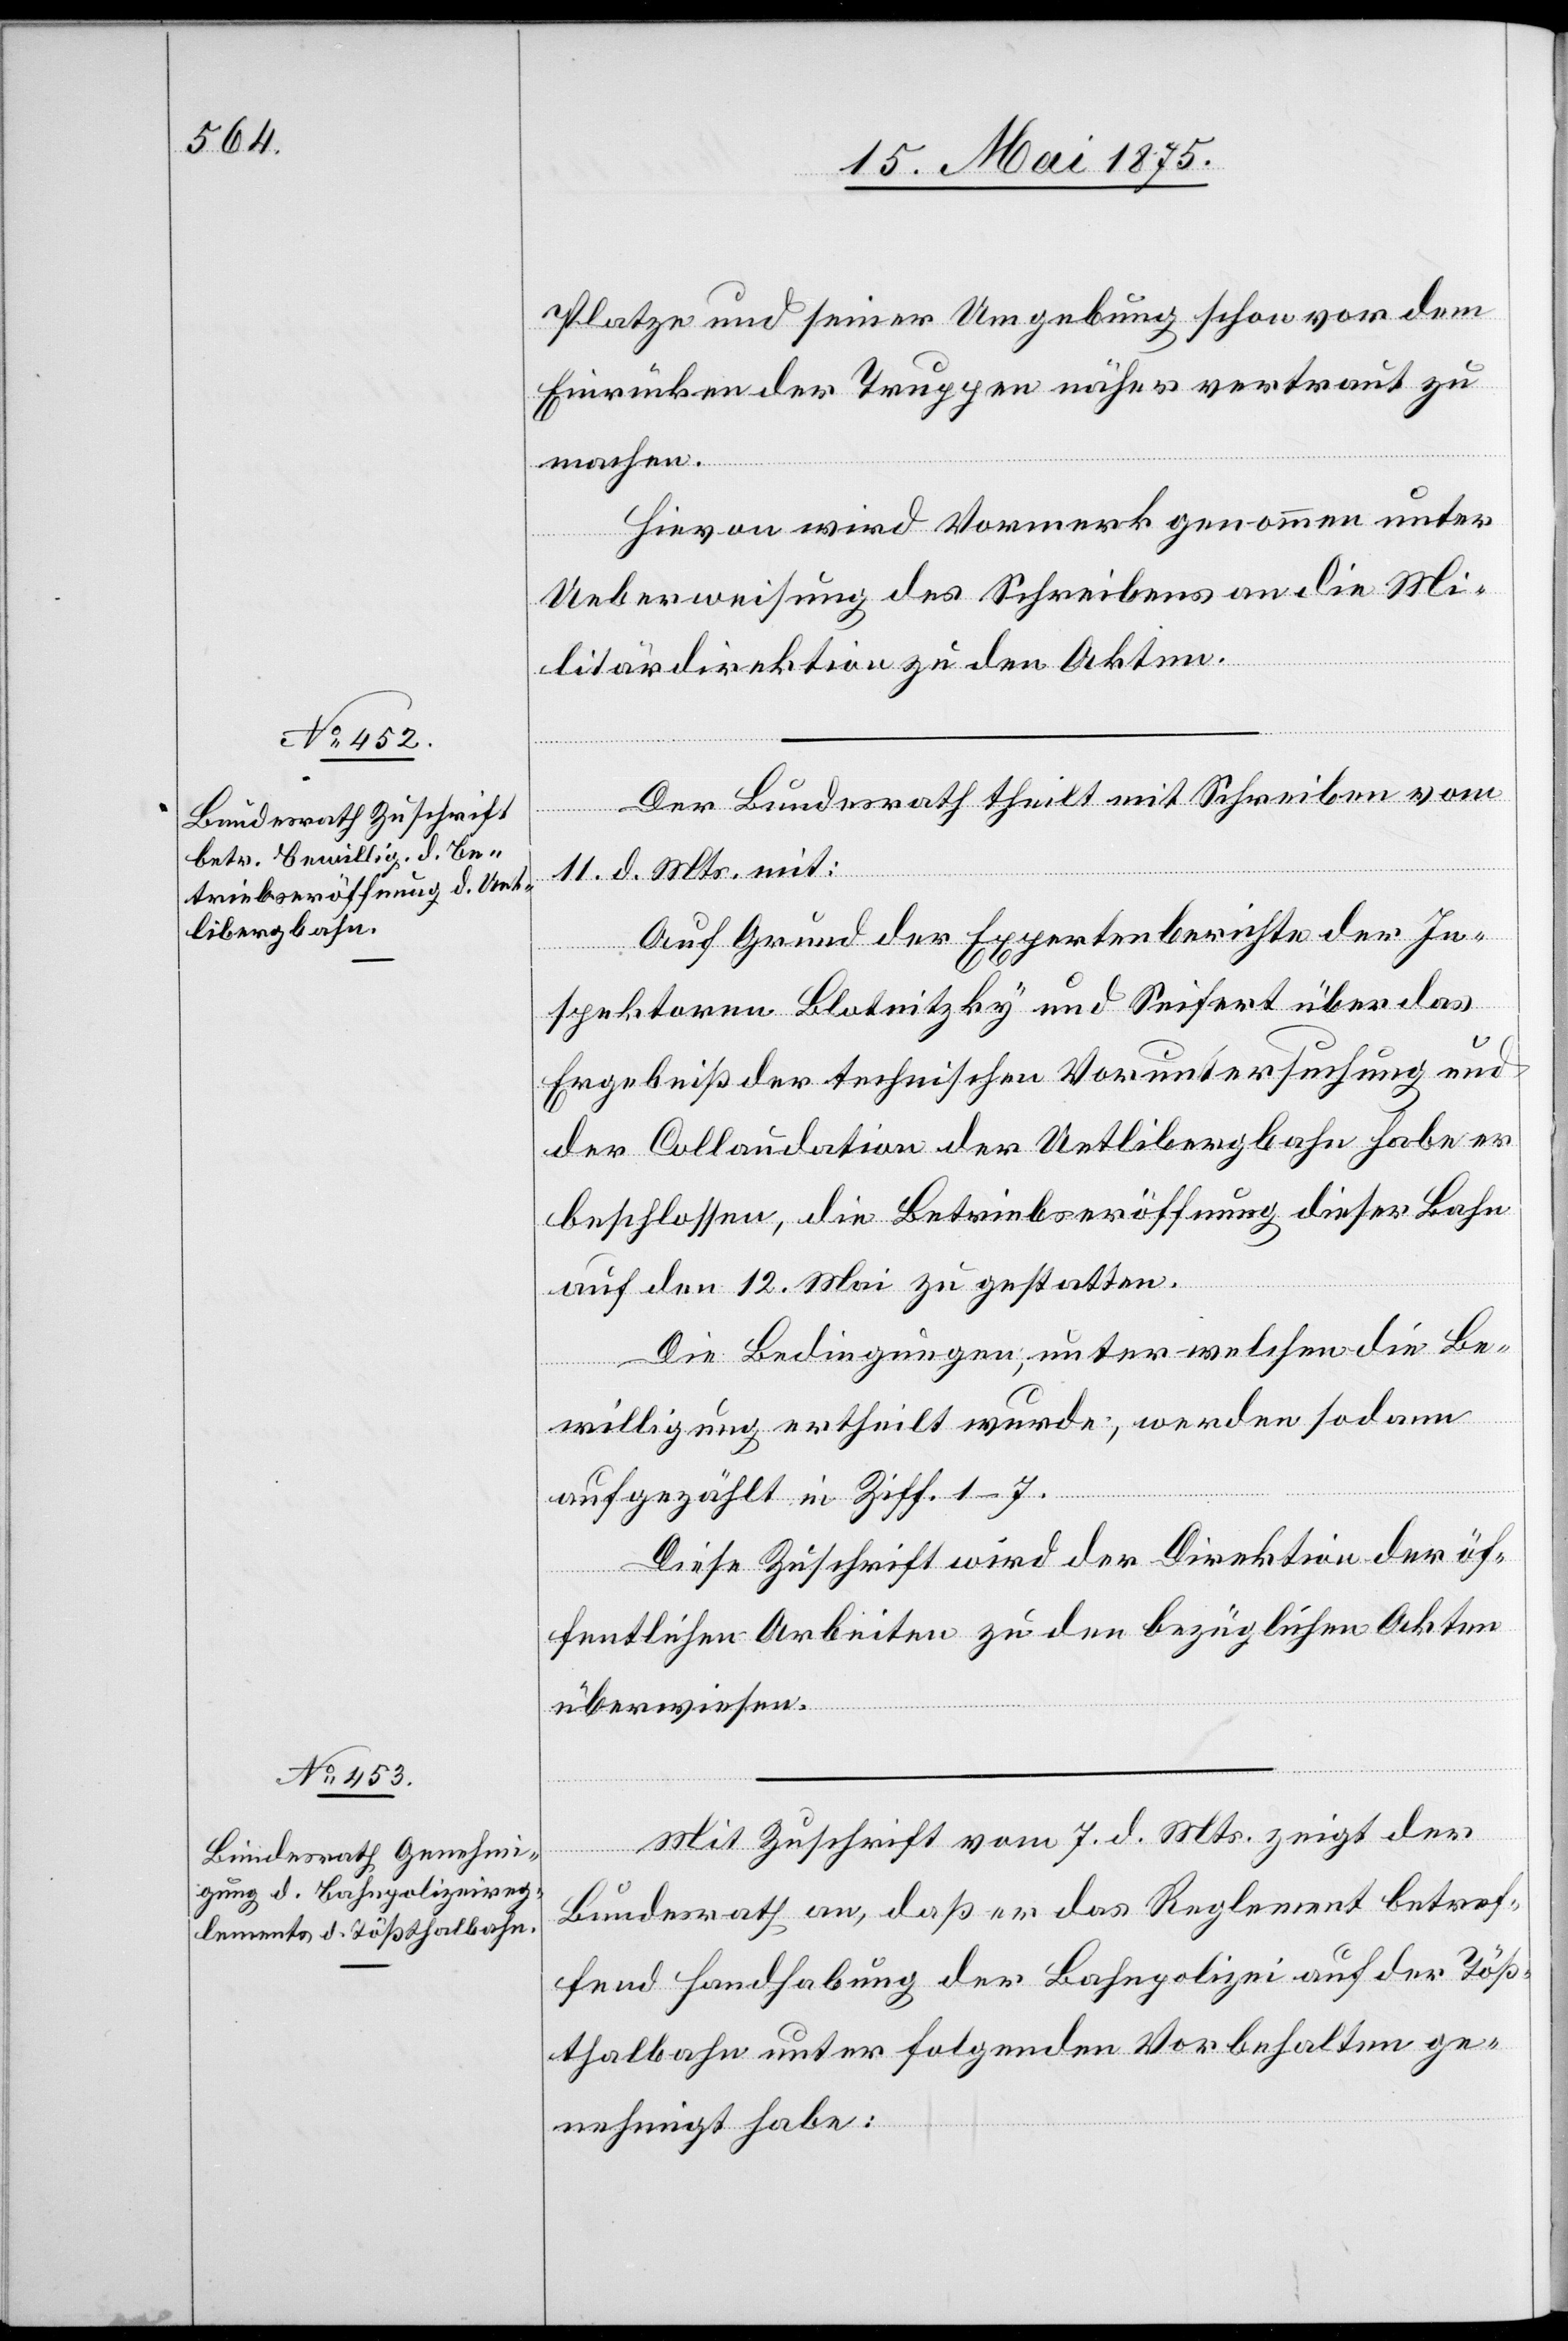
Platze und seiner Umgebung schon vor dem
Einrücken der Truppen näher vertraut zu
machen.
Hievon wird Vormerk genommen unter
Ueberweisung des Schreibens an die Mi¬
litärdirektion zu den Akten.
Der Bundesrath theilt mit Schreiben vom
11. d. Mts mit:
Auf Grund der Expertenberichte der In¬
spektoren Blotnitzky und Seifert über das
Ergebniß der technischen Voruntersuchung und
der Collaudation der Uetlibergbahn habe er
beschlossen, die Betriebseröffnung dieser Bahn
auf den 12. Mai zu gestatten.
Die Bedingungen, unter welchen die Be¬
willigung ertheilt wurde, werden sodann
aufgezählt in Ziff. 1–7.
Diese Zuschrift wird der Direktion der öf¬
fentlichen Arbeiten zu den bezüglichen Akten
überwiesen.
Mit Zuschrift vom 7. d. Mts. zeigt der
Bundesrath an, daß er das Reglement betref¬
fend Handhabung der Bahnpolizei auf der Töß¬
thalbahn unter Folgenden Vorbehalten ge¬
nehmigt habe: